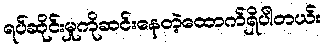
ရပ်ဆိုင်းမှုကိုဆင်းနေတဲ့ထောက်ရှိပါတယ်။